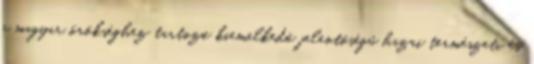
a magyar örökséghez tartozó kiemelkedő jelentőségű hazai természeti és